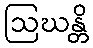
ဩဃန္တိ